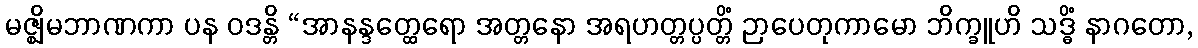
မဇ္ဈိမဘာဏကာ ပန ဝဒန္တိ “အာနန္ဒတ္ထေရော အတ္တနော အရဟတ္တပ္ပတ္တိံ ဉာပေတုကာမော ဘိက္ခူဟိ သဒ္ဓိံ နာဂတော,